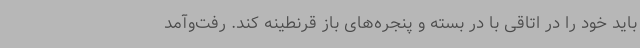
باید خود را در اتاقی با در بسته و پنجره‌های باز قرنطینه کند. رفت‌وآمد